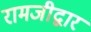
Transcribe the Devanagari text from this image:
रामजीद्वार